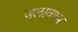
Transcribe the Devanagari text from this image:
जलावाष्प